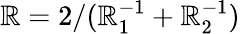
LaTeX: \mathbb{R}=2/(\mathbb{R}_{1}^{-1}+\mathbb{R}_{2}^{-1})